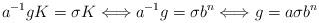
LaTeX: \begin{align*}a^{-1}gK=\sigma K\Longleftrightarrow a^{-1}g=\sigma b^n\Longleftrightarrow g=a\sigma b^n\end{align*}